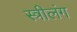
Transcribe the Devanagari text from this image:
स्त्रीलंग